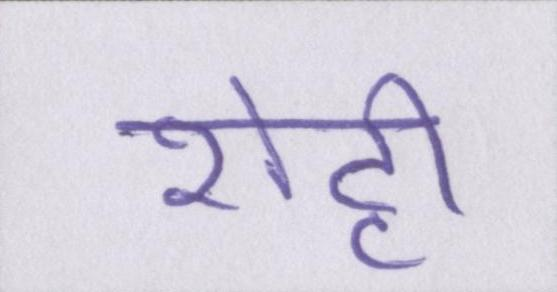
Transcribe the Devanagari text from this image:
शेट्टी